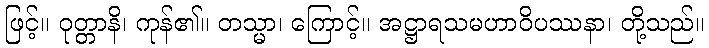
ဖြင့်။ ဝုတ္တာနိ၊ ကုန်၏။ တသ္မာ၊ ကြောင့်။ အဋ္ဌာရသမဟာဝိပဿနာ၊ တို့သည်။